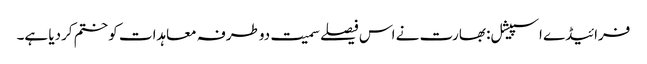
فرائیڈے اسپیشل: بھارت نے اس فیصلے سمیت دوطرفہ معاہدات کو ختم کردیا ہے۔